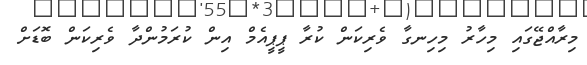
މިރާއްޖޭގައި މިހާރު މިހިނގާ ވެރިކަން ކުރާ ޕީޕީއެމް އިން ކުރަމުންދާ ވެރިކަން ބޮޑަށް